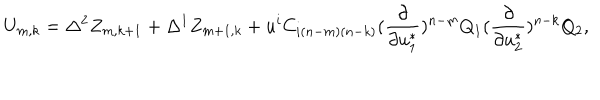
U _ { m , k } = \Delta ^ { 2 } Z _ { m , k + 1 } + \Delta ^ { 1 } Z _ { m + 1 , k } + u ^ { i } C _ { i ( n - m ) ( n - k ) } ( { \frac { \partial } { \partial u _ { 1 } ^ { * } } } ) ^ { n - m } Q _ { 1 } ( { \frac { \partial } { \partial u _ { 2 } ^ { * } } } ) ^ { n - k } Q _ { 2 } ,